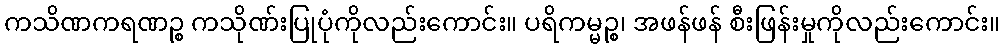
ကသိဏကရဏဉ္စ ကသိုဏ်းပြုပုံကိုလည်းကောင်း။ ပရိကမ္မဉ္စ၊ အဖန်ဖန် စီးဖြန်းမှုကိုလည်းကောင်း။